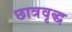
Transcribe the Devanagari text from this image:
छात्रवृद्ध